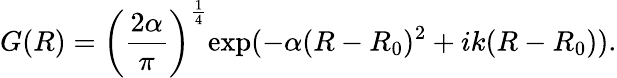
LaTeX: G(R)=\bigg(\frac{2\alpha}{\pi}\bigg)^{\frac{1}{4}}\mathrm{exp}(-\alpha(R-R_{0})^{2}+ik(R-R_{0})).